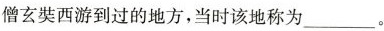
僧玄奘西游到过的地方，当时该地称为___。